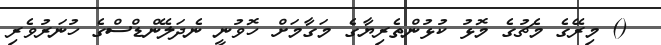
() މިރޭގެ މެޗުގެ މޮޅު ކުޅުންތެރިޔާގެ މަގާމަށް ހޮވުނީ ނެދަލޭންޑްސްގެ ހުނަރުވެރި